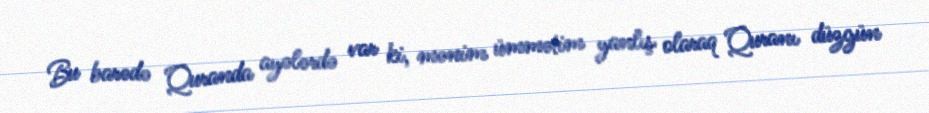
Bu barədə Quranda ayələrdə var ki, mənim ümmətim yanlış olaraq Quranı düzgün